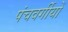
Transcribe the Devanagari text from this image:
पंचवर्गीयों